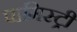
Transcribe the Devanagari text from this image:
पामिस्ट्री